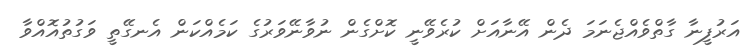
އަރުފީނާ ގާތްވެއްޖެނަމަ ދެން އޭނާއަށް ކުރެވޭނީ ކޮށްގެން ނުވާނޭވަރުގެ ކަމެއްކަން އެނގޭތީ ވަގުތުއޮއްވާ